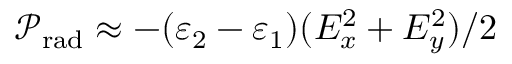
\mathcal { P } _ { \mathrm { r a d } } \approx - ( \varepsilon _ { 2 } - \varepsilon _ { 1 } ) ( E _ { x } ^ { 2 } + E _ { y } ^ { 2 } ) / 2